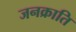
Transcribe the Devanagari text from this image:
जनक्राति